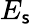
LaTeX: E_{\mathsf{s}}